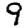
Digit: 9